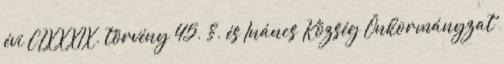
évi CLXXXIX. törvény 45. §. és Ináncs Község Önkormányzat